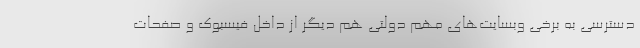
دسترسی به برخی وبسایت‌های مهم دولتی هم دیگر از داخل فیسبوک و صفحات